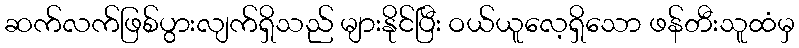
ဆက်လက်ဖြစ်ပွားလျက်ရှိသည် များနိုင်ပြီး ဝယ်ယူလေ့ရှိသော ဖန်တီးသူထံမှ